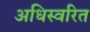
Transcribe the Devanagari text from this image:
अधिस्वरित